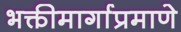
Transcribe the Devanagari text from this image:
भक्तीमार्गाप्रमाणे